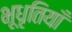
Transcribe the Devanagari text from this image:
भूधृतियाँ